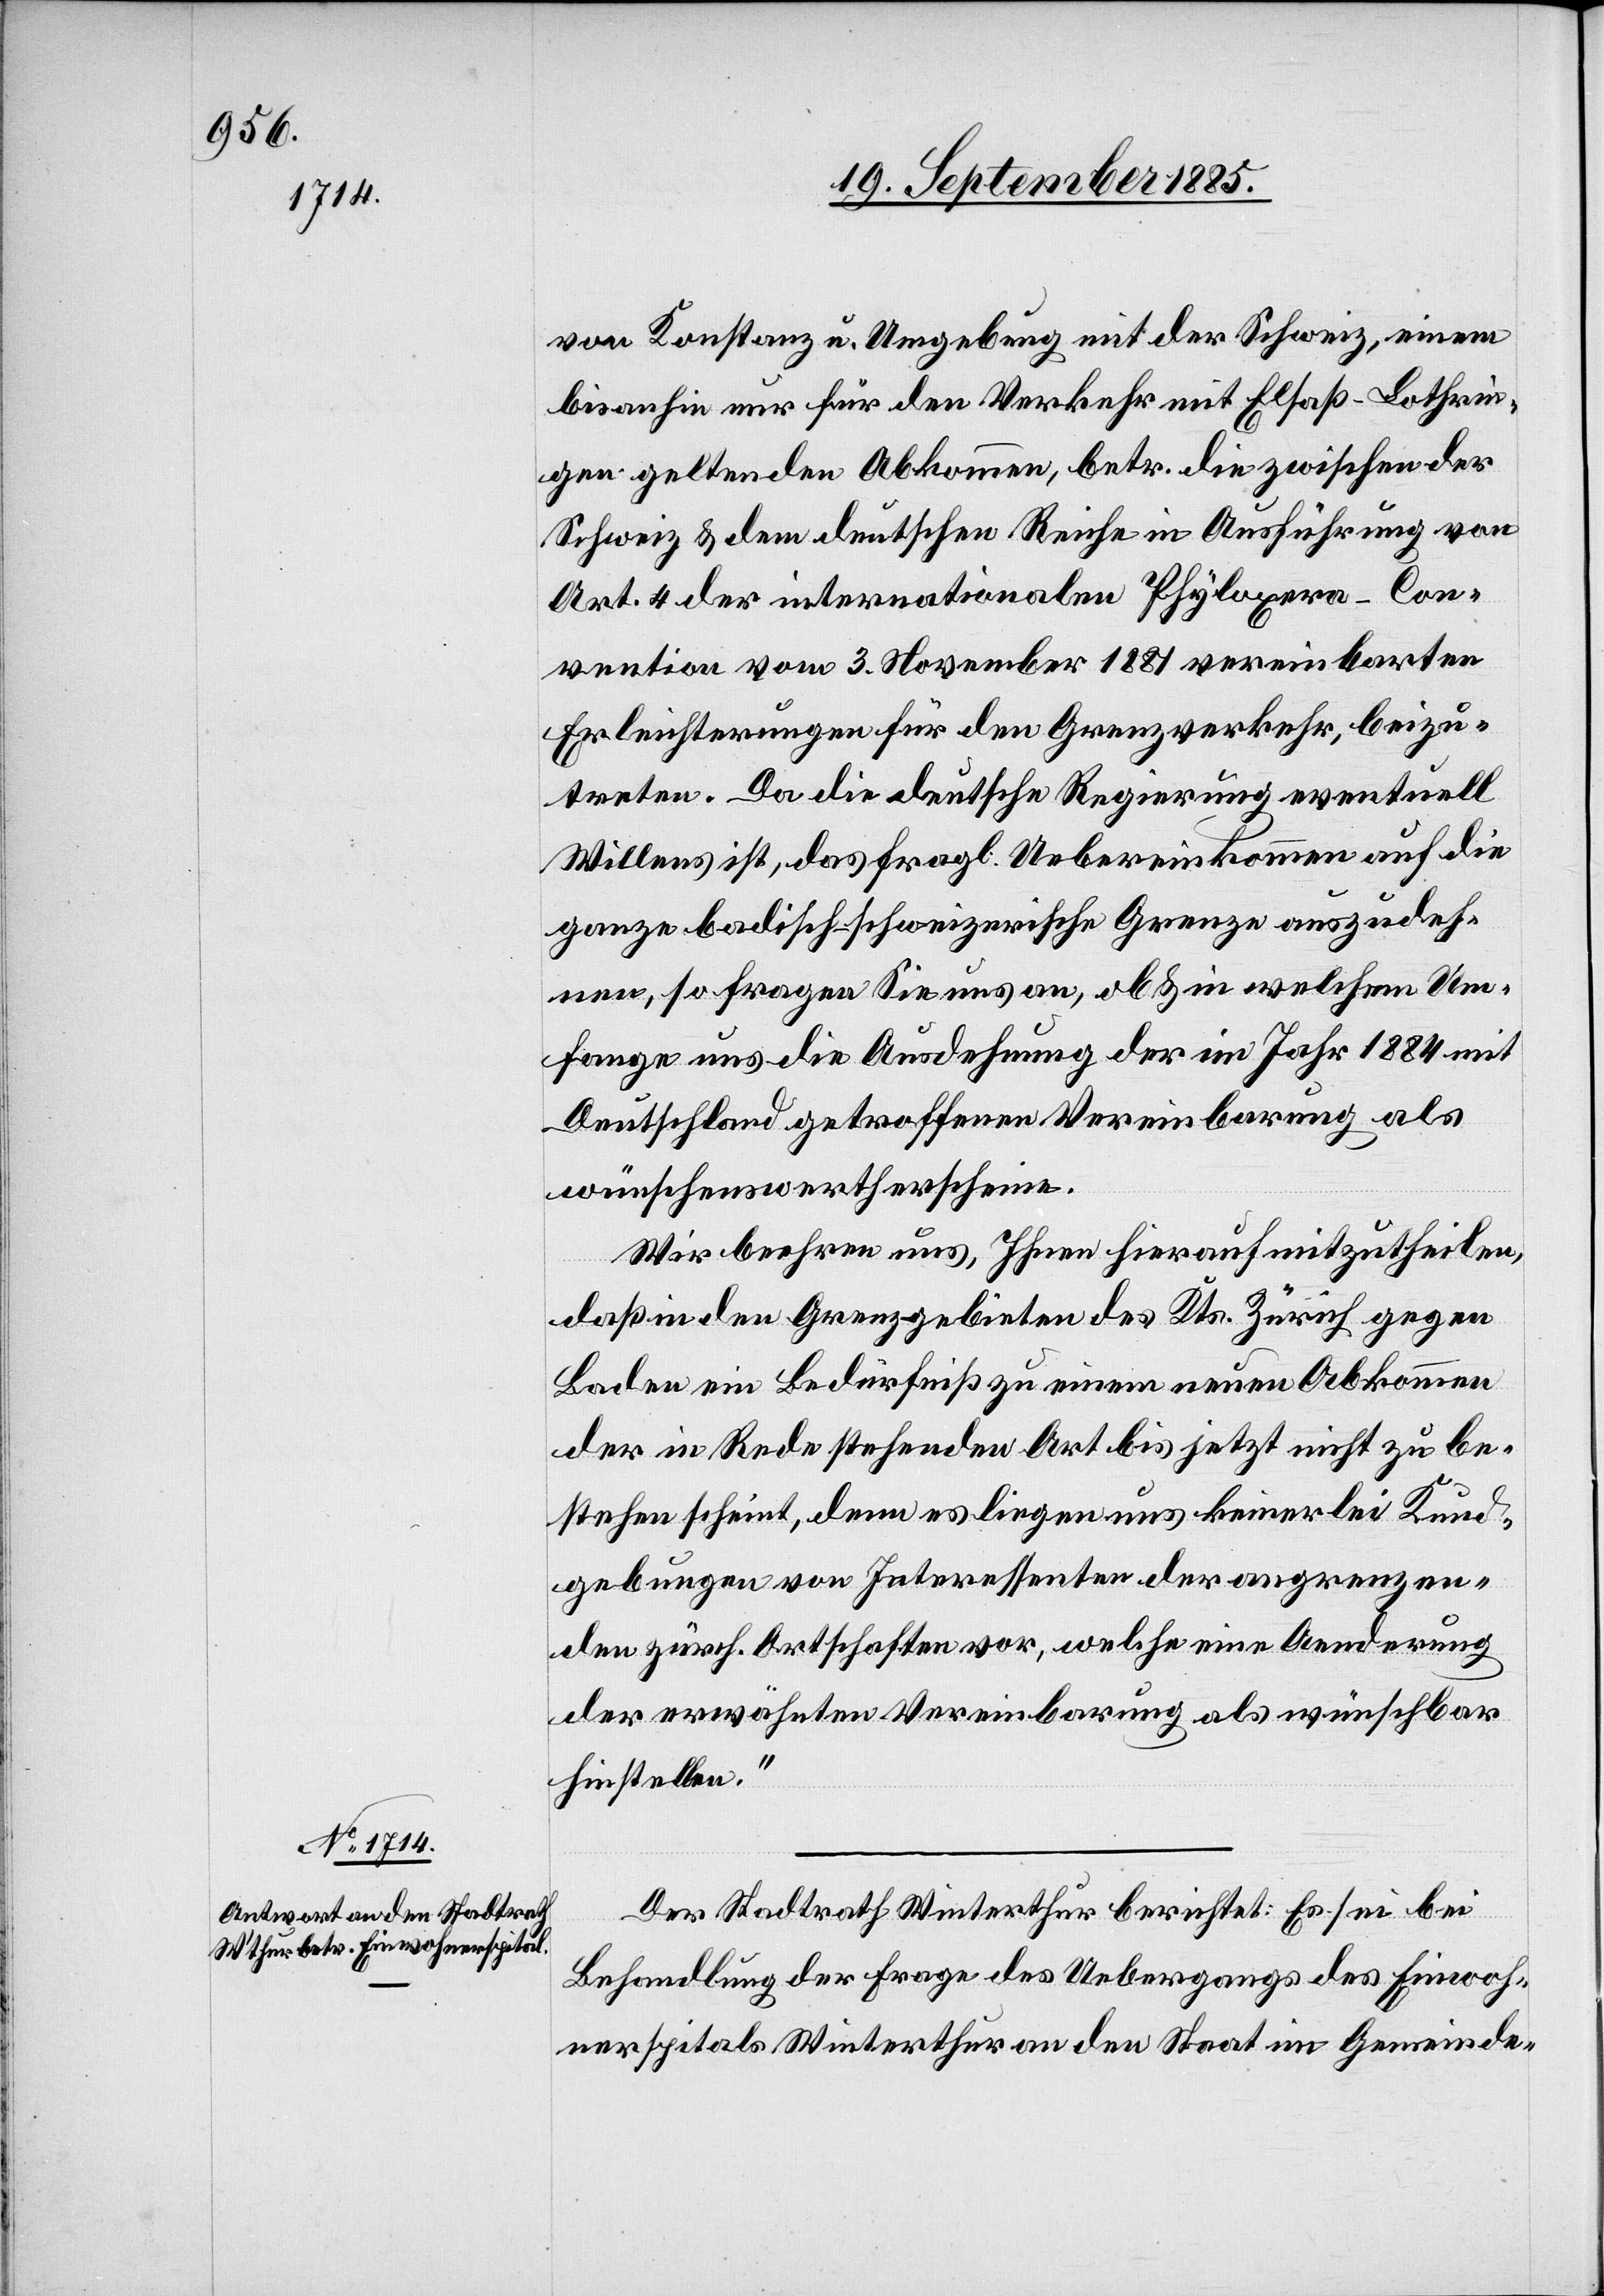
von Konstanz u. Umgebung mit der Schweiz, einem
bisanhin nur für den Verkehr mit Elsaß-Lothrin¬
gen geltenden Abkommen, betr. die zwischen der
Schweiz & dem deutschen Reiche in Ausführung von
Art. 4 der internationalen Phyloxera-Con¬
vention vom 3. November 1881 vereinbarten
Erleichterungen für den Grenzverkehr, beizu¬
treten. Da die deutsche Regierung eventuell
Willens ist, das fragl. Uebereinkommen auf die
ganze badisch-schweizerische Grenze auszudeh¬
nen, so fragen Sie uns an, ob & in welchem Um¬
fange uns die Ausdehnung der im Jahr 1884 mit
Deutschland getroffenen Vereinbarung als
wünschenswerth erscheine.
Wir beehren uns, Ihnen hierauf mitzutheilen,
daß in den Grenzgebieten des Kts. Zürich gegen
Baden ein Bedürfniß zu einem neuen Abkommen
der in Rede stehenden Art bis jetzt nicht zu be¬
stehen scheint, denn es liegen uns keinerlei Kund¬
gebungen von Interessenten der angrenzen¬
den zürch. Ortschaften vor, welche eine Aenderung
der erwähnten Vereinbarung als wünschbar
hinstellen.“
Der Stadtrath Winterthur berichtet: Es sei bei
Behandlung der Frage des Uebergangs des Einwoh¬
nerspitals Winterthur an den Staat im Gemeinde-